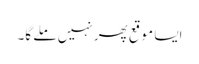
ایسا موقع پھر نہیں ملے گا۔